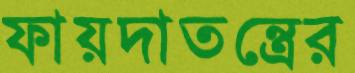
ফায়দাতন্ত্রের